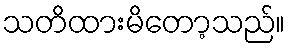
သတိထားမိတော့သည်။